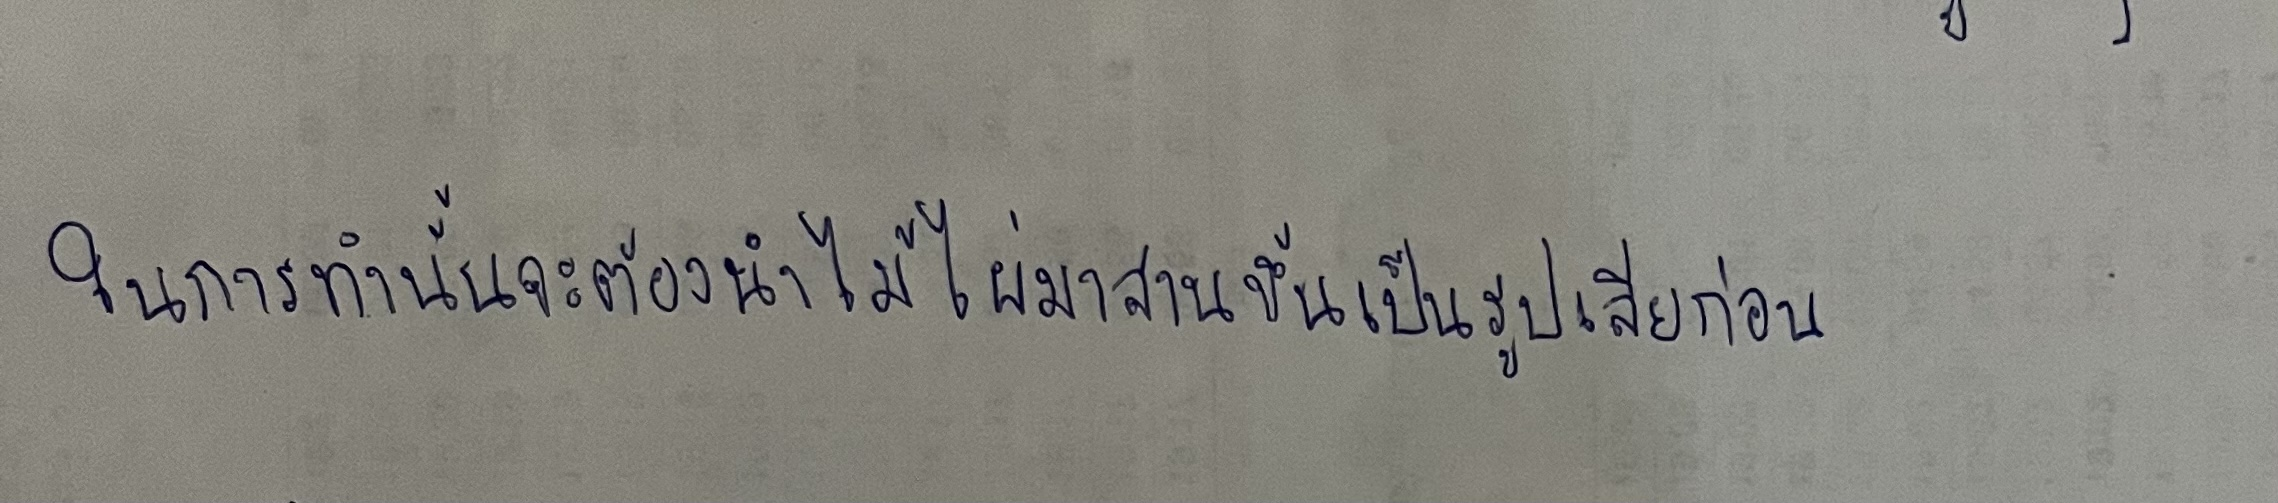
ในการทำนั้นจะต้องนำไม้ไผ่มาสานขึ้นเป็นรูปเสียก่อน